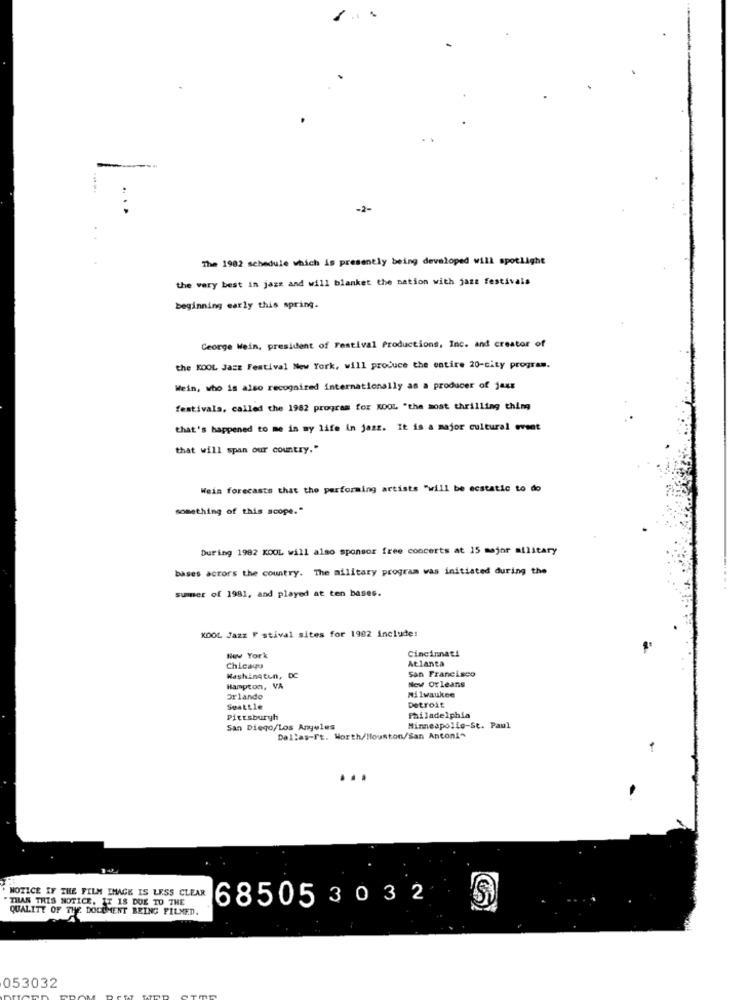
-
.. .
-2-
The 1982 schedule which is presently being developed will spotlight
the very best in jazz and will blanket the nation with jant festivals
beginning early this spring.
Ceorge Wein, president of Festival Productions, Inc. and creator of
the KOOL Jazz Festival New York, will produce the entire 20-city program.
Wein, who is also recognized internationally as a producer of jaxx
festivals, called the 1982 program for KOOL "the most thrilling thing
that's happened to me in my life in jazz. It is a major cultural event
that will span our country."
Weis forecasts that the performing artists "will be ecstatic to do
something of this scope."
During 1982 KOOL will also sponsor free concerts at 15 major military
bases actors the country. The military program was initiated during the
summer of 1981, and played at ten bases.
KOOL Jazz F stival sites for 1982 include:
Cincinnati
New York
Atlanta
Chicayu
san Francisco
Washington, DC
Hampton, VA
New Orleans
Orlando
Milwaukee
Seattle
Detroit
Pittsburgh
Philadelphia
San Diego/Los Angeles
Minneapolis-St. Paul
Dallas-Ft. Worth/Houston/San Antoni"
NOTICE IF THE FILM IMAGE IS LESS CLEAR
THAN THIS NOTICE, IT 18 DUE TO THE
68505 3032
Sì
QUALITY OF THE DOCUMENT BEING PILMED.
053032